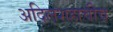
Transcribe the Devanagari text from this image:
अदिलशहाचीच